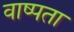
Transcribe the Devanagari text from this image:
वाष्पता